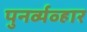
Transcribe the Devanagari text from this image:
पुनर्व्यव्हार